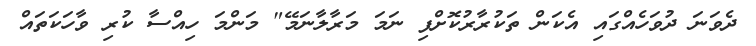
ދެވަނަ ދުވަހެއްގައި އެކަން ތަކުރާރުކޮށްފި ނަމަ މަރާލާނަމޭ" މަންމަ ހިއްސާ ކުރި ވާހަކަތައް